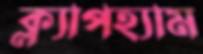
ক্ল্যাপহ্যাম